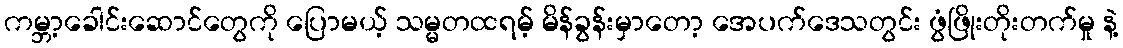
ကမ္ဘာ့ခေါင်းဆောင်တွေကို ပြောမယ့် သမ္မတထရမ့် မိန်ခွန်းမှာတော့ အေပက်ဒေသတွင်း ဖွံဖြိုးတိုးတက်မှု နဲ့